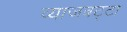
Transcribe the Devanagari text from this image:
व्याजबट्टा